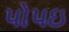
પોપઇ